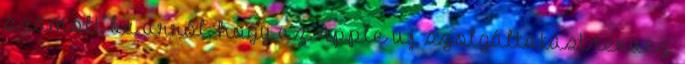
számolt be arról, hogy az Apple új szolgáltatást tervez